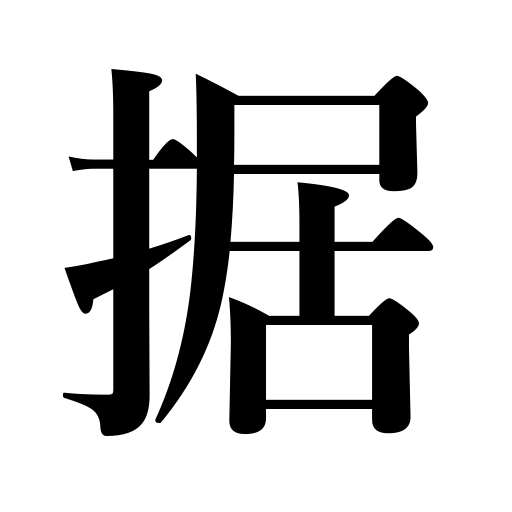
Meanings: place a gun,appoint to a position,sit down,squat down,install,set a table,lay a foundation,equip,eyes are fixed on